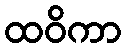
ထဝိကာ